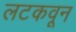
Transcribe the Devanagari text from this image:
लटकवून